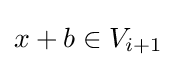
x+b\in V_{i+1}